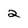
Character: 2